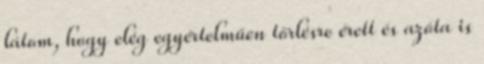
látom, hogy elég egyértelműen törlésre érett és azóta is